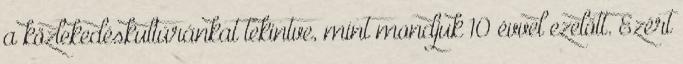
a közlekedéskultúránkat tekintve, mint mondjuk 10 évvel ezelőtt. Ezért